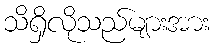
သိရှိလိုသည်များအား